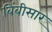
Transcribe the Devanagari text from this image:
बिंबीसार